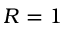
R = 1